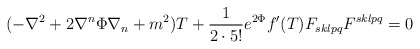
\begin{align*} (-\nabla^{2}+2\nabla^{n}\Phi\nabla_{n}+m^{2})T +\frac{1}{2\cdot5!}e^{2\Phi}f'(T)F_{sklpq}F^{sklpq}=0\end{align*}